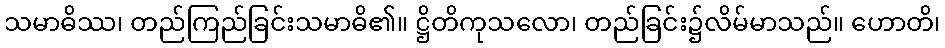
သမာဓိဿ၊ တည်ကြည်ခြင်းသမာဓိ၏။ ဋ္ဌိတိကုသလော၊ တည်ခြင်း၌လိမ်မာသည်။ ဟောတိ၊